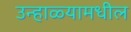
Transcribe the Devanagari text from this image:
उन्हाळ्यामधील